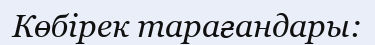
Көбірек тарағандары: